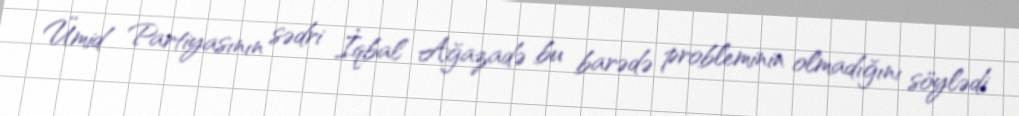
Ümid Partiyasının sədri İqbal Ağazadə bu barədə probleminin olmadığını söylədi